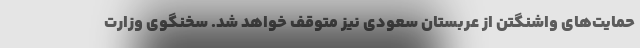
حمایت‌های واشنگتن از عربستان سعودی نیز متوقف خواهد شد. سخنگوی وزارت